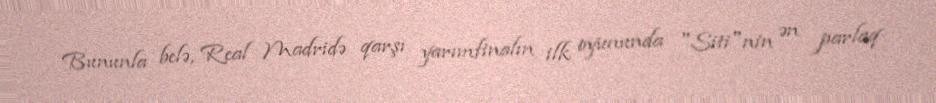
Bununla belə, Real Madridə qarşı yarımfinalın ilk oyununda "Siti"nin ən parlaq